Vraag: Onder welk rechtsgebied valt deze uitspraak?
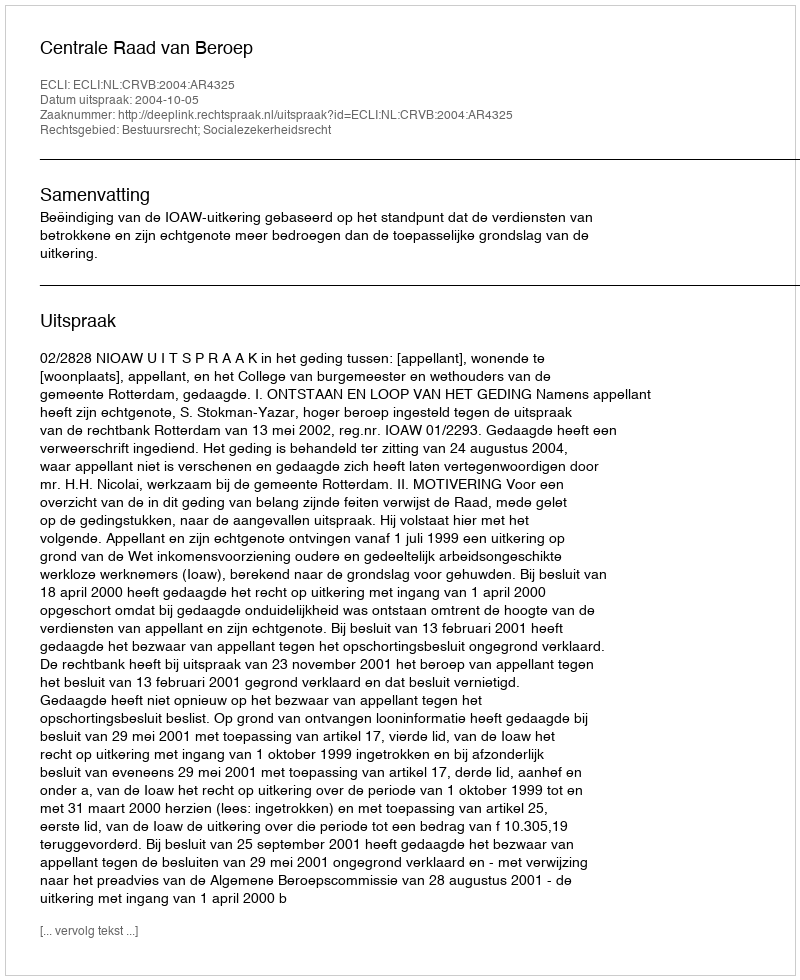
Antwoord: Bestuursrecht; Socialezekerheidsrecht